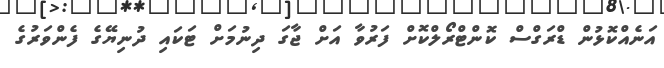
އަނެއްކޮޅުން ޑްރަގްސް ކޮންޓްރޯލްކޮށް ފަރުވާ އަށް ޖާގަ ދިނުމަށް ޓަކައި ދުނިޔޭގެ ފެންވަރުގެ